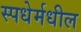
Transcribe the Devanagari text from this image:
स्पधेर्मधील